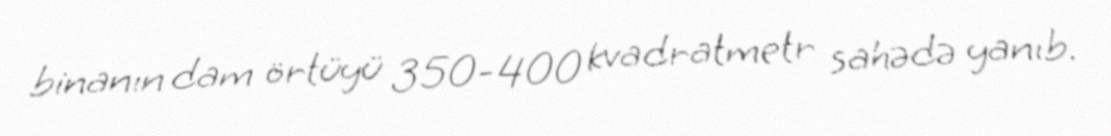
binanın dam örtüyü 350-400 kvadratmetr sahədə yanıb.